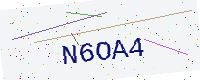
Text: N6OA4